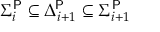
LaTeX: \Sigma _ { i } ^ { \mathsf { P } } \subseteq \Delta _ { i + 1 } ^ { \mathsf { P } } \subseteq \Sigma _ { i + 1 } ^ { \mathsf { P } }